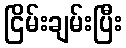
ငြိမ်းချမ်းပြီး